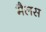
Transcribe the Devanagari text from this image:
मैलस